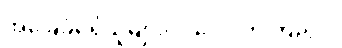
အခြေခံမရှိသူများလဲ လေ့လာကြည့်ပါ